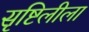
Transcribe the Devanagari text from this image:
सृष्टिलीला